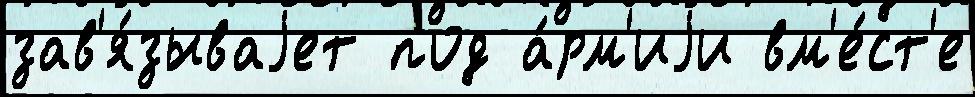
зав'я́зываjет под а́рм'иjи вм'е́ст'е